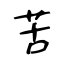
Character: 苦